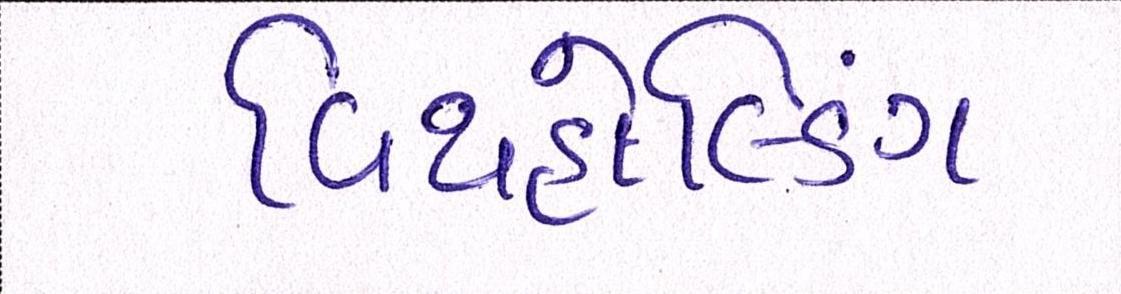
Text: વિથહોલ્ડિંગ